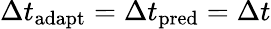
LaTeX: \Delta t_{\mathrm{adapt}}=\Delta t_{\mathrm{pred}}=\Delta t